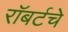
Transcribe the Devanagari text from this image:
रॉबर्टचे